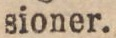
sioner.